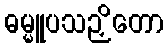
ဓမ္မူပသဉှိတော